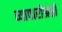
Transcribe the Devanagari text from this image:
व्यापारीश्रेष्ठी